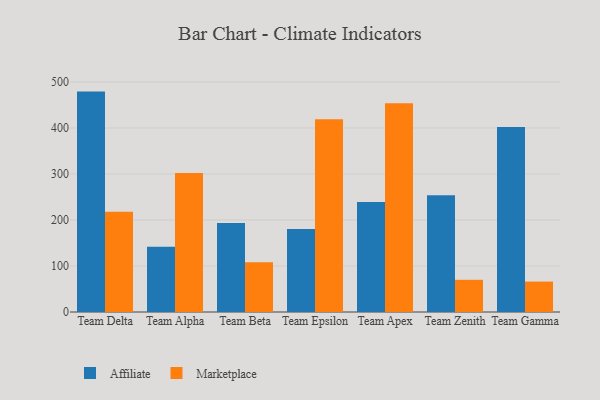
{"axis": {"x": "Team", "y": "Demand Index"}, "legend": ["Affiliate", "Marketplace"], "data": [{"x": "Team Delta", "y": 479.0, "type": "Affiliate"}, {"x": "Team Delta", "y": 217.9, "type": "Marketplace"}, {"x": "Team Alpha", "y": 142.0, "type": "Affiliate"}, {"x": "Team Alpha", "y": 302.3, "type": "Marketplace"}, {"x": "Team Beta", "y": 193.3, "type": "Affiliate"}, {"x": "Team Beta", "y": 108.2, "type": "Marketplace"}, {"x": "Team Epsilon", "y": 180.3, "type": "Affiliate"}, {"x": "Team Epsilon", "y": 418.8, "type": "Marketplace"}, {"x": "Team Apex", "y": 239.2, "type": "Affiliate"}, {"x": "Team Apex", "y": 453.9, "type": "Marketplace"}, {"x": "Team Zenith", "y": 253.8, "type": "Affiliate"}, {"x": "Team Zenith", "y": 70.0, "type": "Marketplace"}, {"x": "Team Gamma", "y": 402.2, "type": "Affiliate"}, {"x": "Team Gamma", "y": 66.1, "type": "Marketplace"}]}